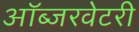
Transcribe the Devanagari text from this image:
ऑब्जरवेटरी